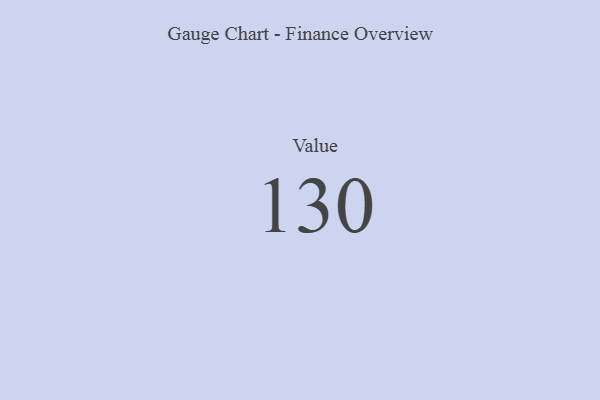
{"axis": {"x": "Metric", "y": "Value"}, "legend": [""], "data": [{"x": "Value", "y": 130, "type": ""}]}